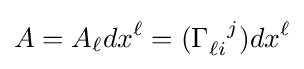
A=A_{\ell }dx^{\ell }=(\Gamma _{\ell i}^{\ \ j})dx^{\ell }